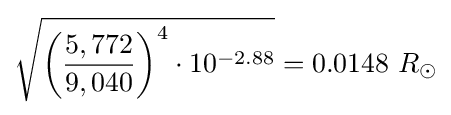
{\sqrt {{\biggl (}{\frac {5,772}{9,040}}{\biggr )}^{4}\cdot 10^{-2.88}}}=0.0148\ R_{\odot }